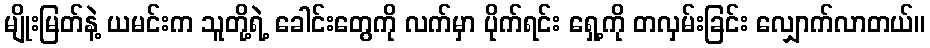
မျိုးမြတ်နဲ့ ယမင်းက သူတို့ရဲ့ ခေါင်းတွေကို လက်မှာ ပိုက်ရင်း ရှေ့ကို တလှမ်းခြင်း လျှောက်လာတယ်။